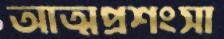
আত্মপ্রশংসা